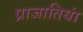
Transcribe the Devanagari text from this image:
प्राजातियां